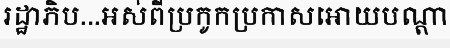
រដ្ឋាភិប...អស់ពីប្រកូកប្រកាសអោយបណ្តា